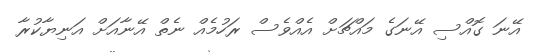
އޭނަ ގޮއްސި އޭނަގެ މައްޗަށް އެއްވެސް ރަހުމެއް ނެތް އޭނާއަށް އަނިޔާކުރާ